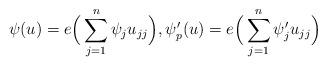
LaTeX: \begin{align*}\psi(u) = e\Big(\sum_{j=1}^n \psi_j u_{jj}\Big), \psi'_p(u) = e\Big(\sum_{j=1}^n \psi'_j u_{jj}\Big)\end{align*}